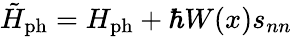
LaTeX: \tilde{H}_{\mathrm{ph}}=H_{\mathrm{ph}}+\hbar W(x)s_{nn}